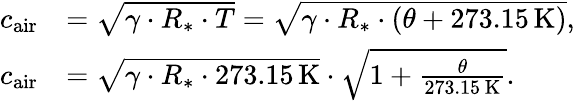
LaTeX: {\begin{array}{rl}{c_{\mathrm{air}}}&{={\sqrt{\gamma\cdot R_{*}\cdot T}}={\sqrt{\gamma\cdot R_{*}\cdot(\theta+273.15\, \mathrm{K})}},}\\ {c_{\mathrm{air}}}&{={\sqrt{\gamma\cdot R_{*}\cdot 273.15\, \mathrm{K}}}\cdot{\sqrt{1+{\frac{\theta}{273.15\, \mathrm{K}}}}}.}\end{array}}